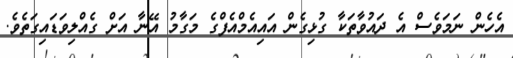
އެހެން ނަމަވެސް އެ ދައުވާތަކާ ގުޅިގެން އައިއެމްއެފްގެ މަގާމު އޭނާ އަށް ގެއްލިވަޑައިގަތެވެ.